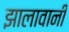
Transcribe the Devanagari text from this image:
झालावानी